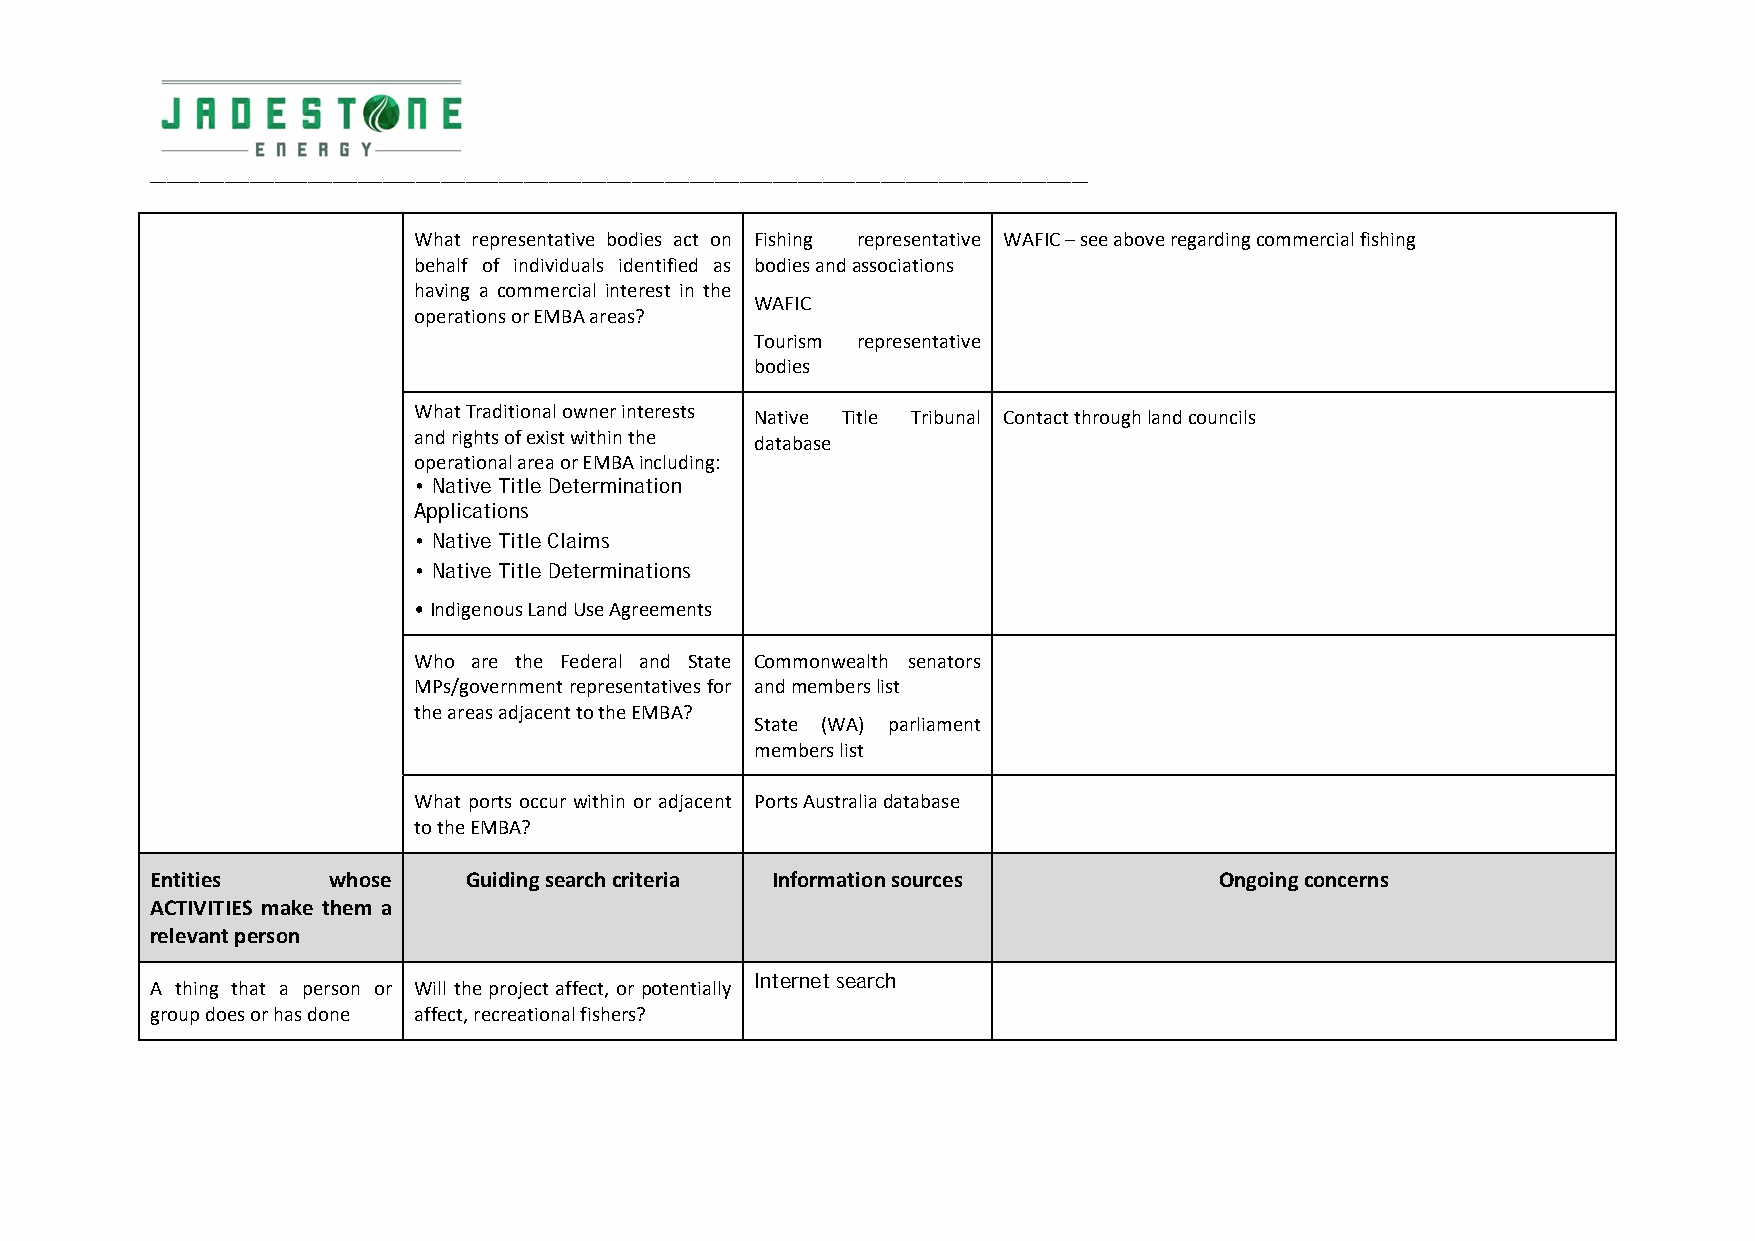
_________________________________________________________________________________________________________________
 What representative bodies act on Fishing representative WAFIC – see above regarding commercial fishing
 behalf of individuals identified as bodies and associations
 having a commercial interest in the
 WAFIC
 operations or EMBA areas?
 Tourism representative
 bodies
 What Traditional owner interests
 Native Title Tribunal Contact through land councils
 and rights of exist within the
 database
 operational area or EMBA including:
 • Native Title Determination
 Applications
 • Native Title Claims
 • Native Title Determinations
 • Indigenous Land Use Agreements
 Who are the Federal and State Commonwealth senators
 MPs/government representatives for and members list
 the areas adjacent to the EMBA?
 State (WA) parliament
 members list
 What ports occur within or adjacent Ports Australia database
 to the EMBA?
 Entities    whose    Guiding search criteria Information sources       Ongoing concerns
 ACTIVITIES make them a
 relevant person
 Internet search
 A thing that a person or Will the project affect, or potentially
 group does or has done affect, recreational fishers?